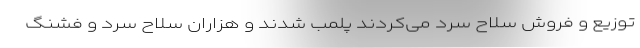
توزیع و فروش سلاح سرد می‌کردند پلمب شدند و هزاران سلاح سرد و فشنگ